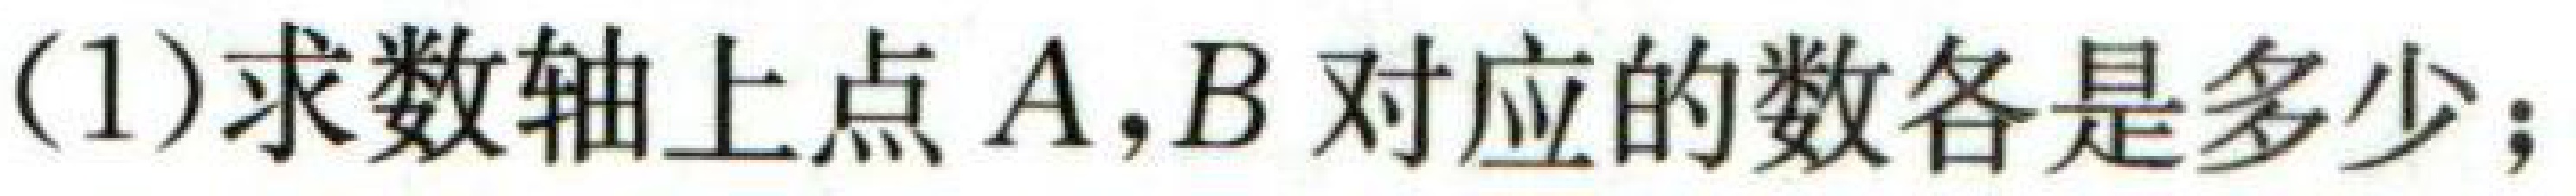
(1)求数轴上点\(A,B\)对应的数各是多少；